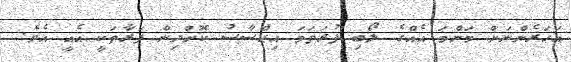
އަހަރެންނަށް މަންމަ އެއްގެ ލޯބި ފުރަތަމަ އިޙްސާސު ކޮށްދިން ފަރާތަކީ އެއީ އެވެ.